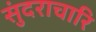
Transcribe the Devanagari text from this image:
सुंदराचारि